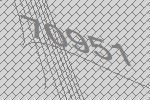
70951